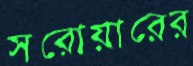
সরোয়ারের